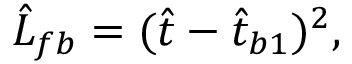
\hat { L } _ { f b } = ( \hat { t } - \hat { t } _ { b 1 } ) ^ { 2 } ,